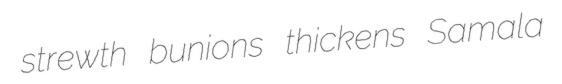
strewth bunions thickens Samala